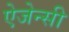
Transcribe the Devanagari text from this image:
ऐजेन्‍सी